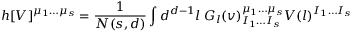
h [ V ] ^ { \mu _ { 1 } \ldots \mu _ { s } } = { \frac { 1 } { { \cal N } ( s , d ) } } \int d ^ { d - 1 } l \; G _ { l } ( v ) _ { I _ { 1 } \ldots I _ { s } } ^ { \mu _ { 1 } \ldots \mu _ { s } } V ( l ) ^ { I _ { 1 } \ldots I _ { s } }